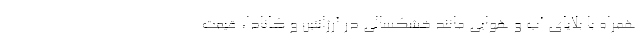
همراه با بلایای آب و هوایی مانند خشکسالی در آرژانتین و کانادا، قیمت